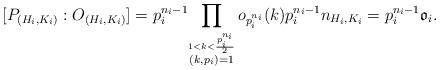
LaTeX: \begin{align*} [P_{(H_{i},K_{i})} : O_{(H_{i},K_{i})}] = p_{i}^{n_{i}-1}{\prod_{\stackrel{1< k < \frac{p_{i}^{n_{i}}}{2}}{(k,p_{i})=1}} o_{p_{i}^{n_{i}}}(k)p_{i}^{n_{i}-1}n_{H_{i},K_{i}}}=p_{i}^{n_{i}-1}\mathfrak{o}_{i}.\end{align*}